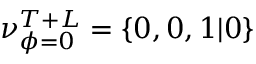
\nu _ { \phi = 0 } ^ { T + L } = \{ 0 , 0 , 1 | 0 \}